Leaving Certificate Examination, 1924
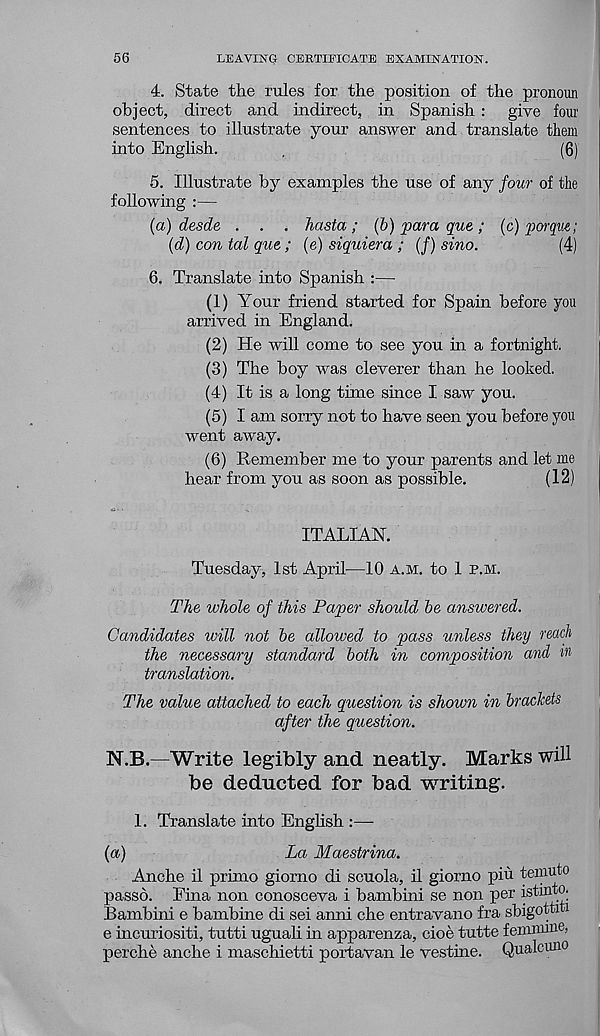
56
LEAVING CERTIFICATE EXAMINATION.
4. State the rules for the position of the pronoun
object, direct and indirect, in Spanish : give four
sentences to illustrate your answer and translate them
into English.
.
(6)
5. Illustrate by examples the use of any four of the
following :—
(a) desde . . . Tiasta; (b) para que; (c) porque;
(d) con tal que ; (e) siquiera ; (/) sino.
(4)
6. Translate into Spanish :—
(1) Your friend started for Spain before you
arrived in England.
(2) He will come to see you in a fortnight.
(3) The boy was cleverer than he looked.
(4) It is a long time since I saw you.
(5) I am sorry not to have seen you before you
went away.
(6) Remember me to your parents and let me
hear from you as soon as possible.
(12)
ITALIAN.
Tuesday, 1st April—10 a.m. to 1 p.m.
The whole of this Paper should be answered.
Candidates will not be allowed to pass unless they reach
the necessary standard both in composition and w
translation.
The value attached to each question is shown in brackets
after the question.
N.B.—Write legibly and neatly. Marks will
be deducted for bad writing.
1. Translate into English :—
(a)
La Maestrina.
Anche il primo giorno di scuola, il giorno pin temuto
passo. Eina non conosceva i bambini se non per istnito.
Bambini e bambine di sei anni che entravano fra sbigotti i
e incuriositi, tutti uguali in apparenza, cioe tutte femmine,
perche anche i maschietti portavan le vestine. Qualcuno